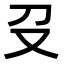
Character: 𠬛